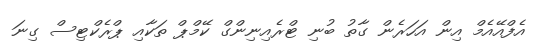
އެފްއޭއެމް އިން އަހަރެން ގާތު ބުނި ޓްރެއިނިންގް ކޭމްްޕް ތަކާއި ޕްރެކްޓިސް ގިނަ